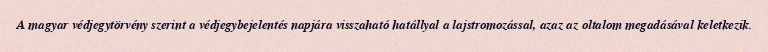
A magyar védjegytörvény szerint a védjegybejelentés napjára visszaható hatállyal a lajstromozással, azaz az oltalom megadásával keletkezik.